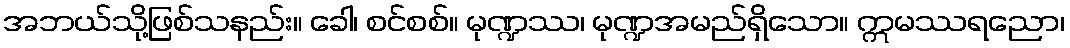
အဘယ်သို့ဖြစ်သနည်း။ ခေါ၊ စင်စစ်။ မုဏ္ဍဿ၊ မုဏ္ဍအမည်ရှိသော။ ဣမဿရညော၊